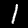
Label: 1